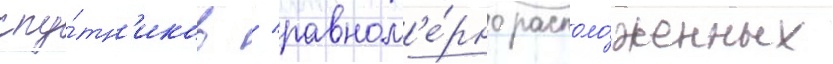
спу́тн'иков / равном'е́рно располо́женных